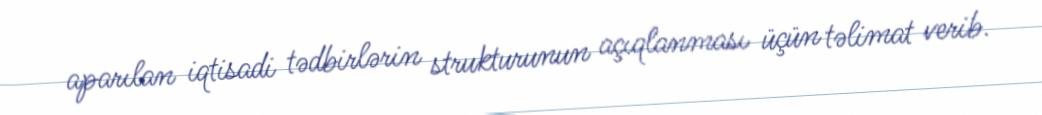
aparılan iqtisadi tədbirlərin strukturunun açıqlanması üçün təlimat verib.